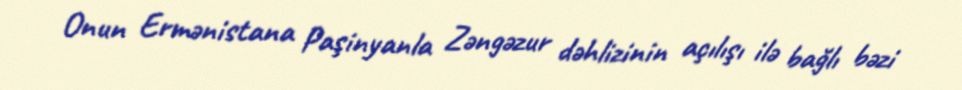
Onun Ermənistana Paşinyanla Zəngəzur dəhlizinin açılışı ilə bağlı bəzi